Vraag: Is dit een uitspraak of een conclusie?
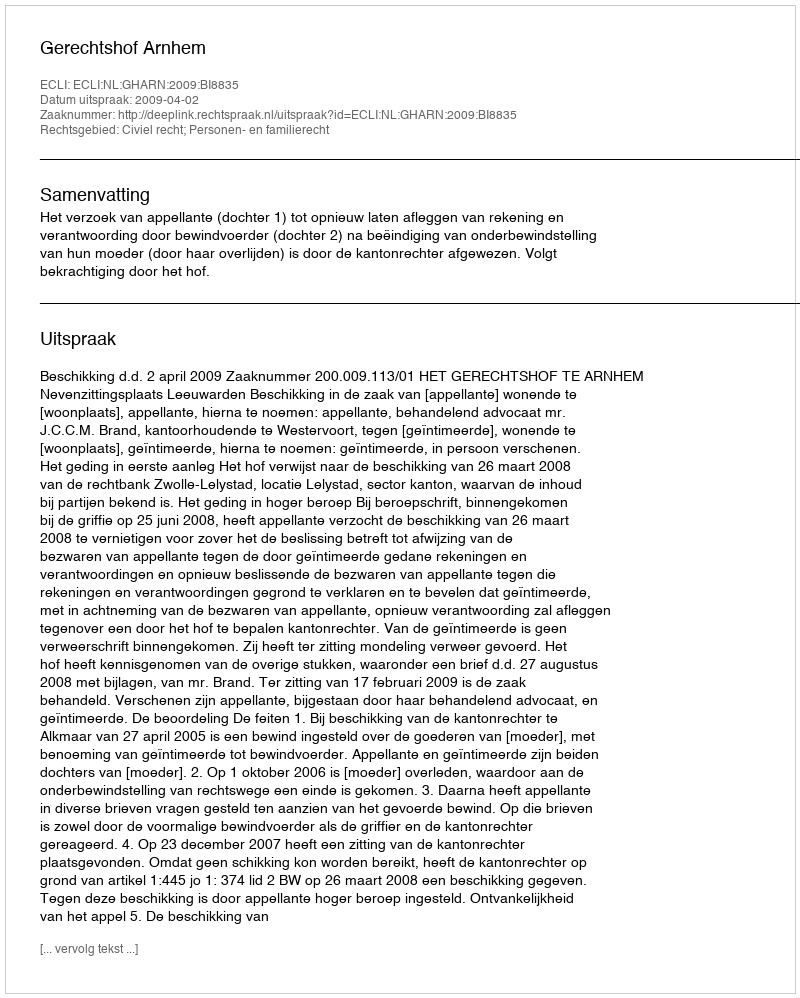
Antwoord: Uitspraak